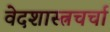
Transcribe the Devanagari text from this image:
वेदशास्त्रचर्चा